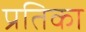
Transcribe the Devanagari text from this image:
प्रतिका